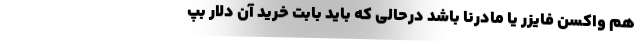
هم واکسن فایزر یا مادرنا باشد درحالی که باید بابت خرید آن دلار بپ